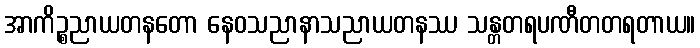
အာကိဉ္စညာယတနတော နေဝသညာနာသညာယတနဿ သန္တတရပဏီတတရတာယ။